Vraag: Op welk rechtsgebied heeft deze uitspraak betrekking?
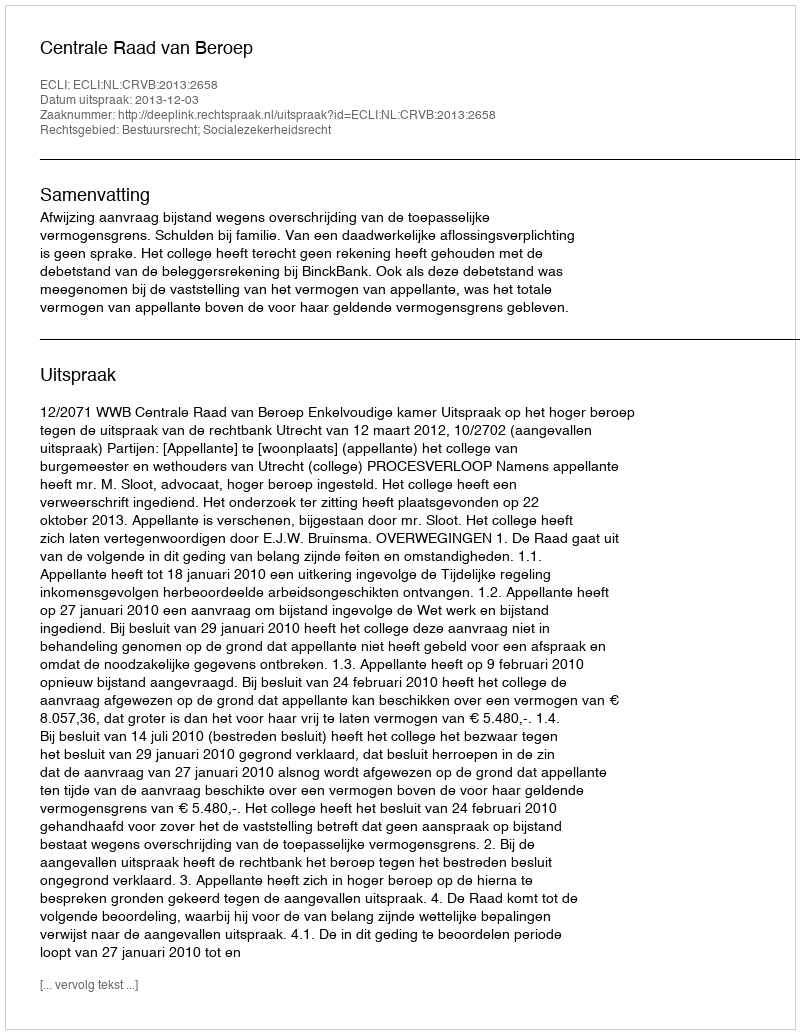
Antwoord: Bestuursrecht; Socialezekerheidsrecht